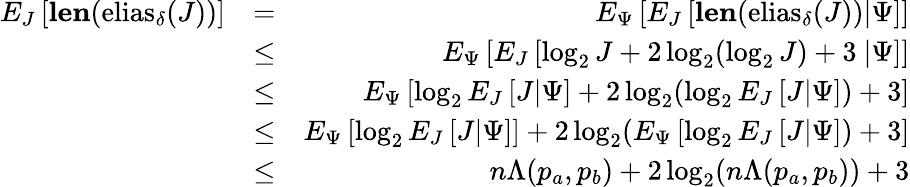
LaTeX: \begin{array}{rlr}{E_{J}\left[{\mathbf{len}(\mathrm{elias}_{\delta}(J))}\right]}&{=}&{E_{\Psi}\left[E_{J}\left[{\mathbf{len}(\mathrm{elias}_{\delta}(J))}|\Psi\right]\right]}\\ &{\leq}&{E_{\Psi}\left[E_{J}\left[\log_{2}J+2\log_{2}(\log_{2}J)+3\ |\Psi\right]\right]}\\ &{\leq}&{E_{\Psi}\left[\log_{2}E_{J}\left[J|\Psi\right]+2\log_{2}(\log_{2}E_{J}\left[J|\Psi\right])+3\right]}\\ &{\leq}&{E_{\Psi}\left[\log_{2}E_{J}\left[J|\Psi\right]\right]+2\log_{2}(E_{\Psi}\left[\log_{2}E_{J}\left[J|\Psi\right])+3\right]}\\ &{\leq}&{n\Lambda(p_{a},p_{b})+2\log_{2}(n\Lambda(p_{a},p_{b}))+3}\end{array}